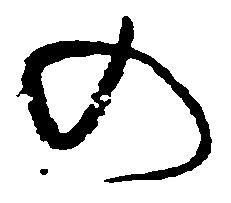
の